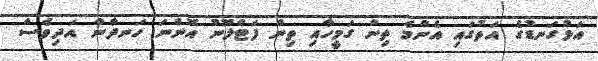
އަޅުގަނޑުގެ އަތުގައި އެންމެ ތިން ގަމީހާއި ތިން ފަޓްލޫނު އޮންނަ ހަނދާން އަދިވެސް